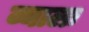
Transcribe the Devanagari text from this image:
व्यालः